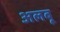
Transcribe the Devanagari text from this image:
अलबू